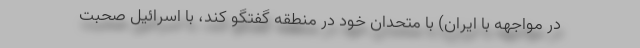
در مواجهه با ایران) با متحدان خود در منطقه گفتگو کند، با اسرائیل صحبت